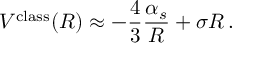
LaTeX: V ^ { \mathrm { c l a s s } } ( R ) \approx - \frac { 4 } { 3 } \frac { \alpha _ { s } } { R } + \sigma R \, .